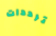
ترددات